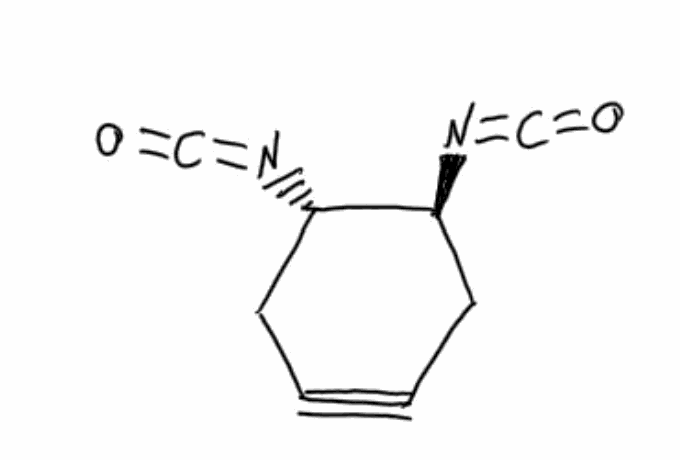
Simplified molecular-input line-entry system (SMILES) notation of the given molecule:
C1C#CC[C@@H]([C@H]1N=C=O)N=C=O